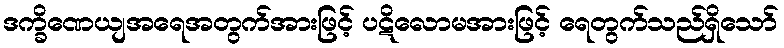
ဒက္ခိဏေယျအရေအတွက်အားဖြင့် ပဋိလောမအားဖြင့် ရေတွက်သည်ရှိသော်